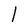
Character: l